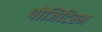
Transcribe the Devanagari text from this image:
पोजिटिस्म